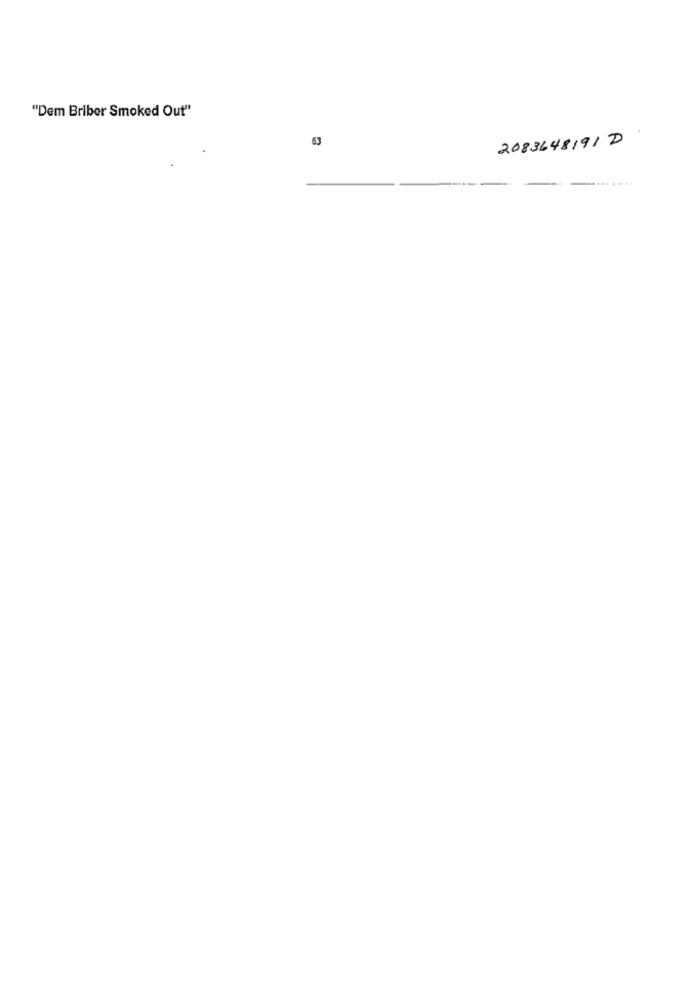
"Dem Briber Smoked Out"
63
2083648191 D